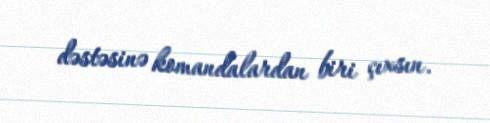
dəstəsinə komandalardan biri çıxsın.